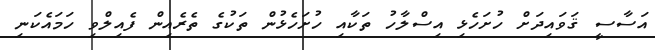
އަސާސީ ޤަވައިދަށް ހުށަހެޅި އިސްލާހު ތަކާއި ހުށަހެޅުން ތަކުގެ ތެރެއިން ފެއިލްވި ހަމައެކަނި